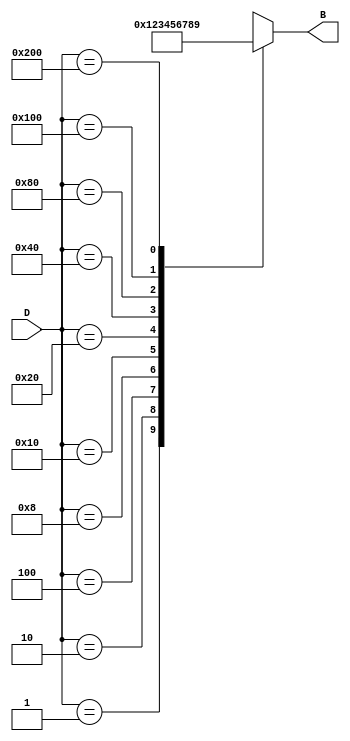
module DecimalToBinaryEncoder (
    input wire [9:0] D,  // 10 input lines for decimal digits D0 to D9
    output reg [3:0] B   // 4-bit binary output B3, B2, B1, B0
);

    always @(*) begin
        case (D)
            10'b0000000001: B = 4'b0000; // D0
            10'b0000000010: B = 4'b0001; // D1
            10'b0000000100: B = 4'b0010; // D2
            10'b0000001000: B = 4'b0011; // D3
            10'b0000010000: B = 4'b0100; // D4
            10'b0000100000: B = 4'b0101; // D5
            10'b0001000000: B = 4'b0110; // D6
            10'b0010000000: B = 4'b0111; // D7
            10'b0100000000: B = 4'b1000; // D8
            10'b1000000000: B = 4'b1001; // D9
            default:        B = 4'bxxxx;  // Invalid input (no active lines)
        endcase
    end

endmodule